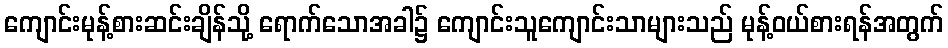
ကျောင်းမုန့်စားဆင်းချိန်သို့ ရောက်သောအခါ၌ ကျောင်းသူကျောင်းသာများသည် မုန့်ဝယ်စားရန်အတွက်